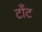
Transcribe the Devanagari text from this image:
टाँट